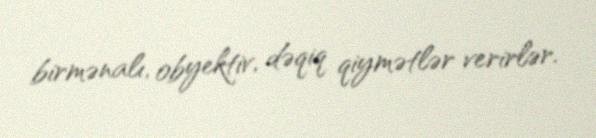
birmənalı, obyektiv, dəqiq qiymətlər verirlər.